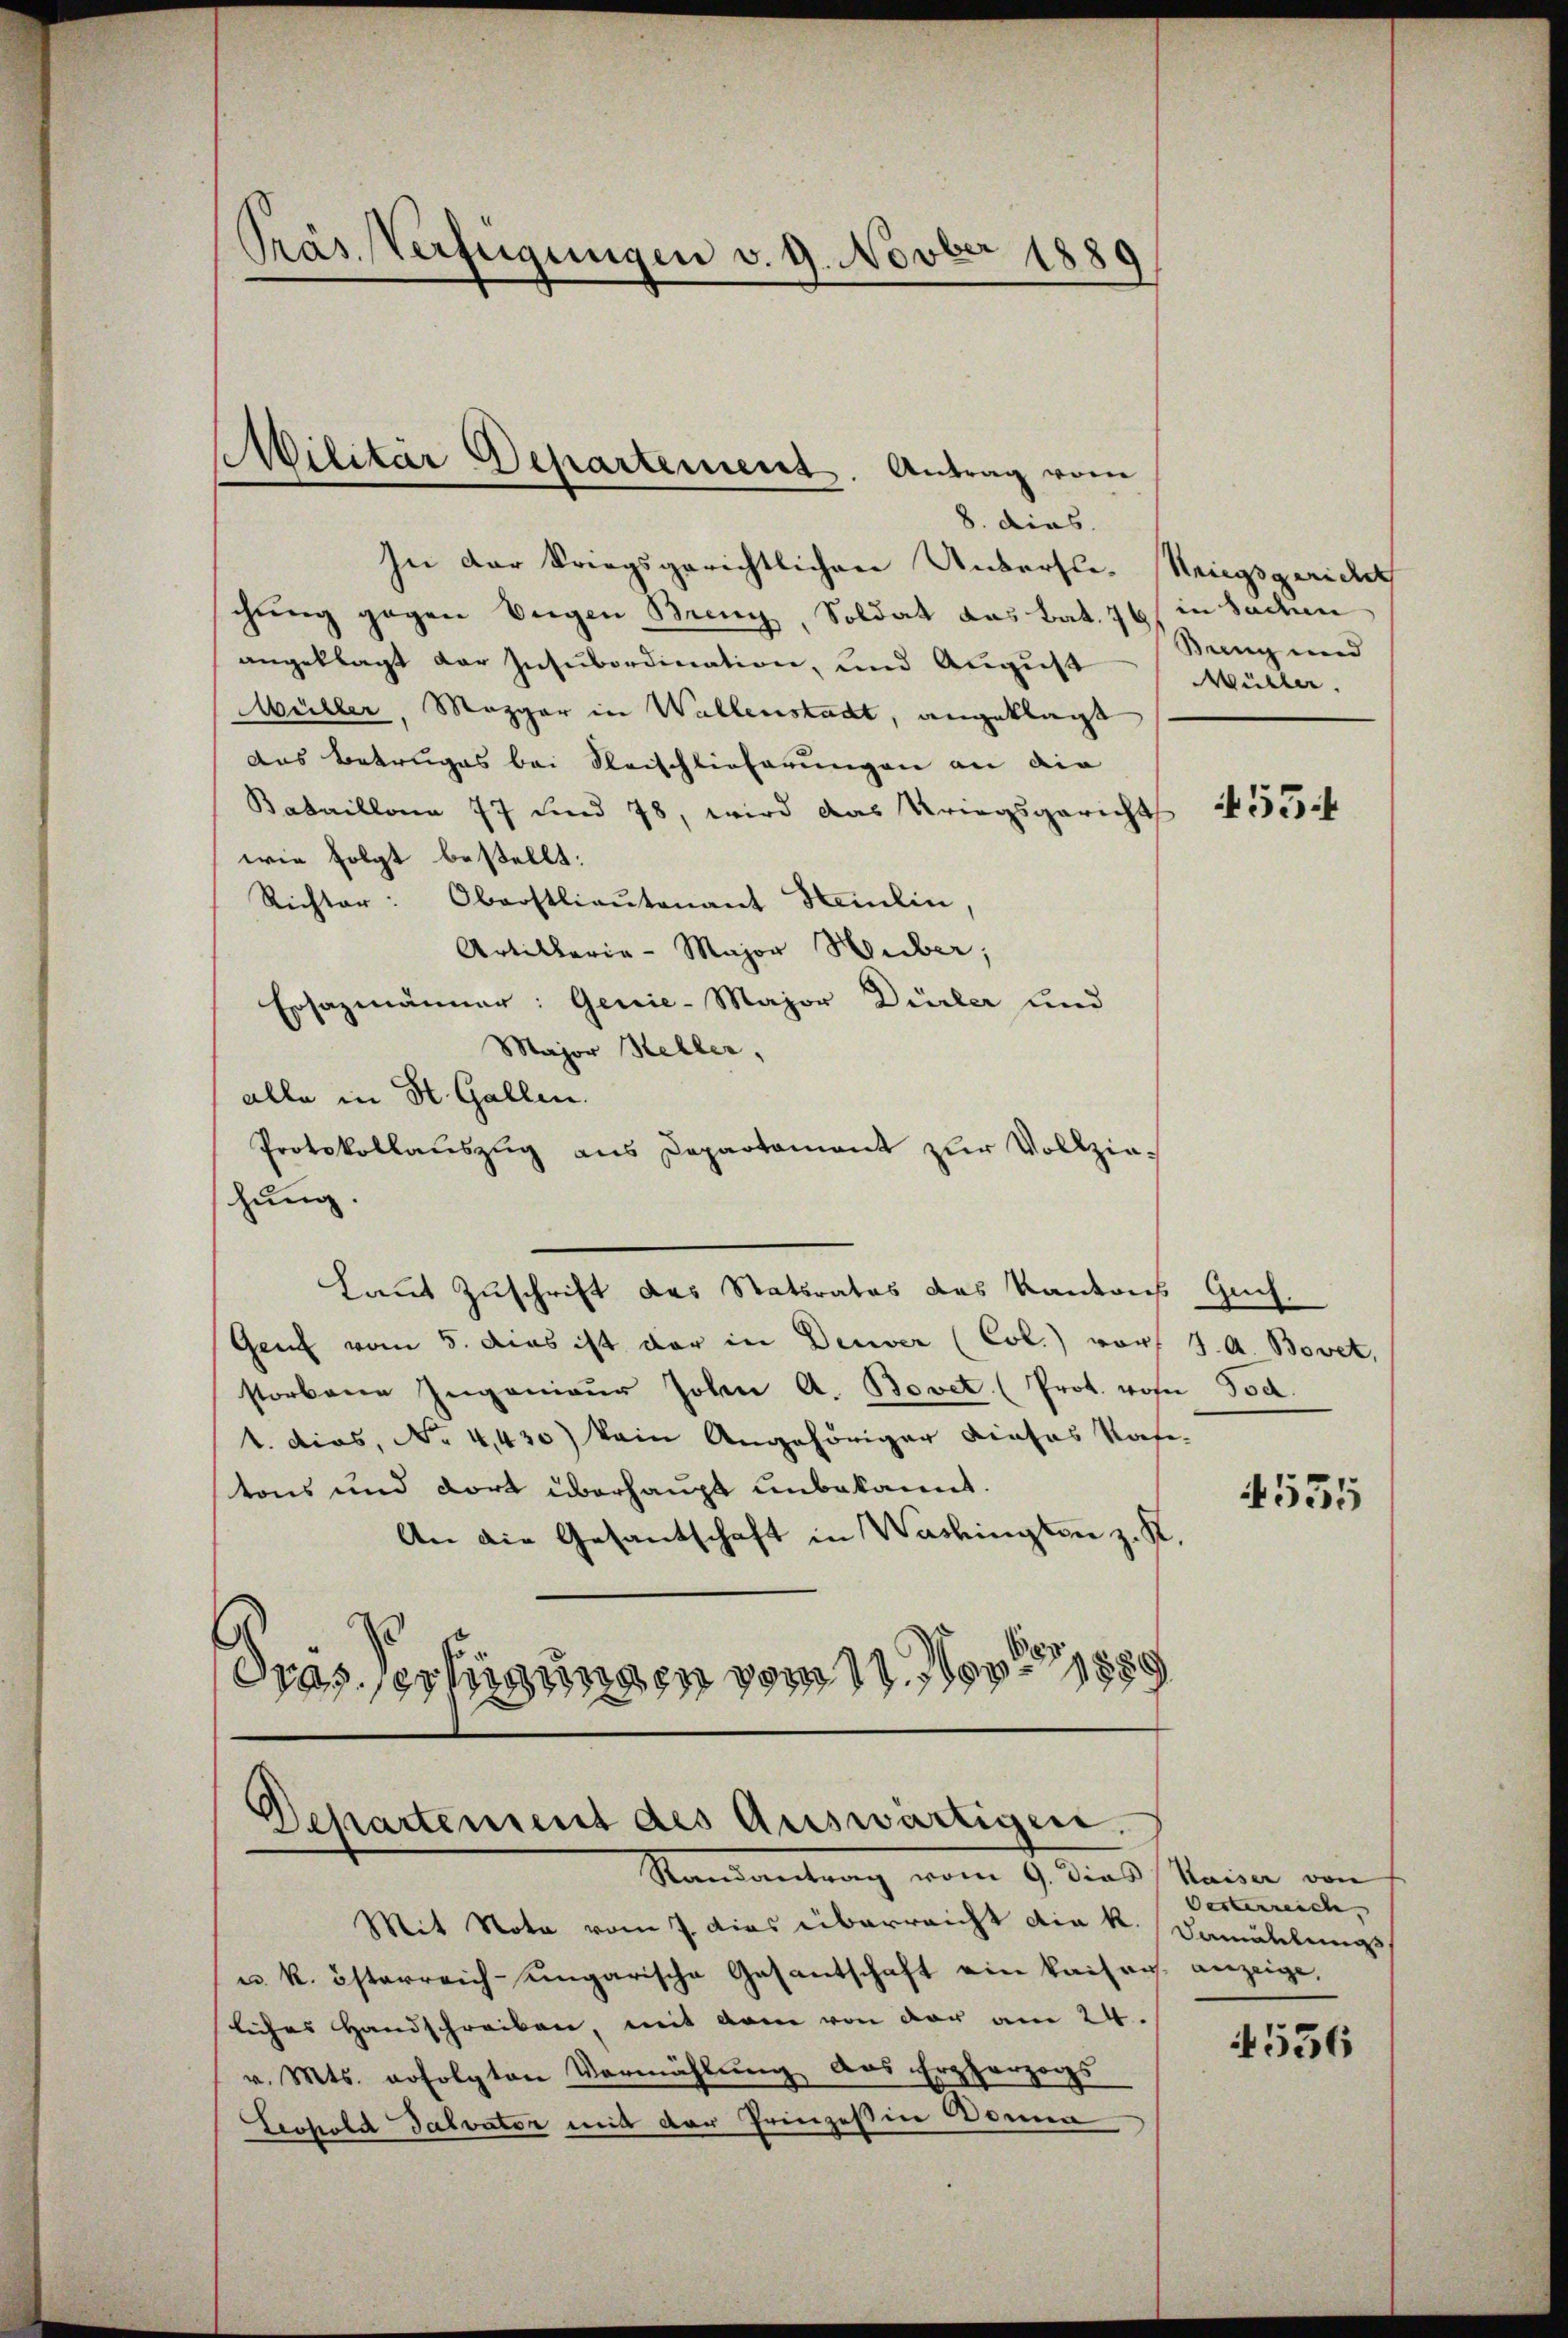
Präs. Verfügungen v. 9. Novber 1889

Militär Departement. Antrag vom

8. dies
In der kriegsgerichtlichen Untersl. Neigsgeric
chung gegen Vergen Breny, Soldat das Bat. 761 in Sachen
angeklagt der Insubordination, und August
Müller, Mezger in Wallenstadt, angeklagt
das Betruges bei Reischlieferungen an die
Bataillona 77 und 78, wird das Kriegsgericht
wie folgt bestellt:
Richter: Oberstlieutenant Heilin,
Artillaria - Major Huber,
Ersazmänner: Genie-Major Dürler und
Major Heller,
alle in St. Gallen.
Protokollauszug aus Departamant zur Vollziehung.
Laut Zuschrift das Statsrates das Kantons
Genf vom 5. dies ist der in Deuver (Col.) vor J. A. Bovet,
storbene Ingenieŭr John A. Bovet. (Prot. von Tod
1. dies, No 4,430) kein Angehöriger dieses Rafe-
tons und dort überhaupt unbekannt.
An die Gesandschaft in Washington z. R.
.
.
drasserungen vom 11. Nov 1889

Departement des Auswärtigen.
Randantrag vom 9. dies Kaiser von

Mit Nota vom 7. dies überreicht die k.
u. k. österreich-ungarische Gasantschaft ein kaisers anzeige,
liches Handschreiben, mit dem von der am 24.
v. Mts. erfolgten Vermählung das Erzherzogs
Lerhold Salvator mit der Prinzeßin Domen

Bring und
Mühler.

455.

Guch.

4535

Oesterreich, |
Damänlinis

4536